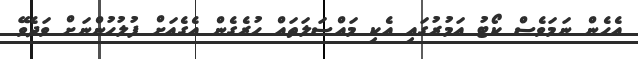
އެހެން ނަމަވެސް ކޯޓު އަމުރުގައި އެކި މައްސަލަތައް ހުރެގެން އެގެއަށް ފުލުހުންނަށް ވަދެވޭ